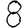
Digit: 8